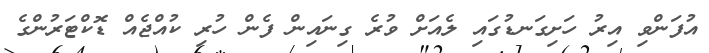
އުފަންވި އިރު ހަށިގަނޑުގައި ލެއަށް ވުރެ ގިނައިން ފެން ހުރި ކުއްޖެއް ޑޮކްޓަރުންގެ